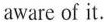
aware of it.